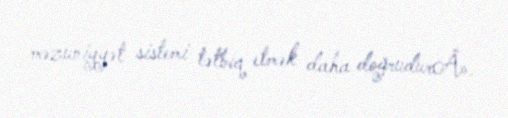
məzuniyyət sistemi tətbiq etmək daha doğrudurÂ».